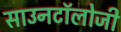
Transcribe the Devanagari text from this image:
साउनटॉलोजी